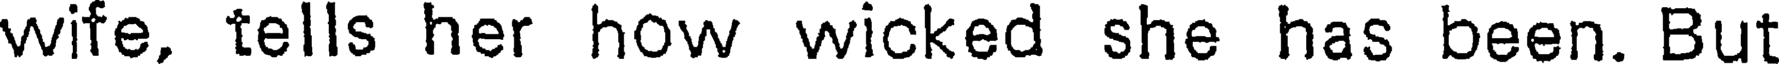
wife, tells her how wicked she has been. But